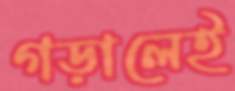
গড়ালেই